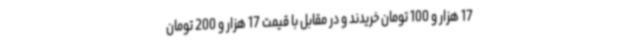
17 هزار و 100 تومان خریدند و در مقابل با قیمت 17 هزار و 200 تومان